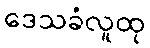
ဒေသခံလူထု